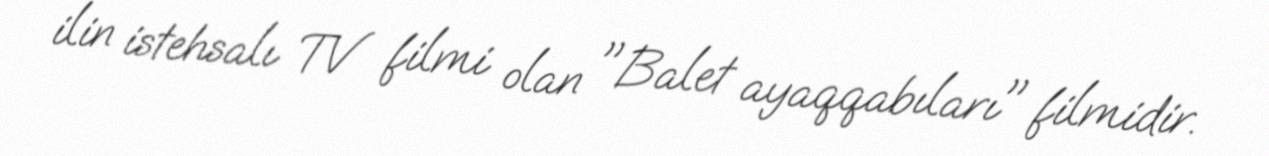
ilin istehsalı TV filmi olan "Balet ayaqqabıları" filmidir.